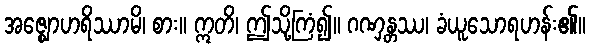
အဇ္ဈောဟရိဿာမိ၊ စား။ ဣတိ၊ ဤသို့ကြံ၍။ ဂဏှန္တဿ၊ ခံယူသောရဟန်း၏။